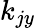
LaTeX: k_{jy}